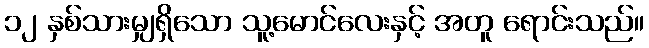
၁၂ နှစ်သားမျှရှိသော သူ့မောင်လေးနှင့် အတူ ရောင်းသည်။